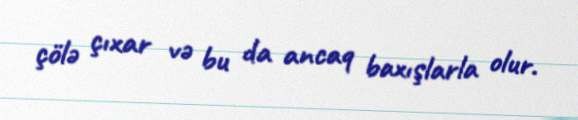
çölə çıxar və bu da ancaq baxışlarla olur.